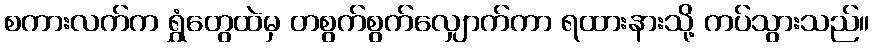
စကားလက်က ရွှံတွေထဲမှ တစွက်စွက်လျှောက်ကာ ရထားနားသို့ ကပ်သွားသည်။